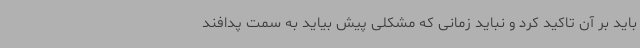
باید بر آن تاکید کرد و نباید زمانی که مشکلی پیش بیاید به سمت پدافند